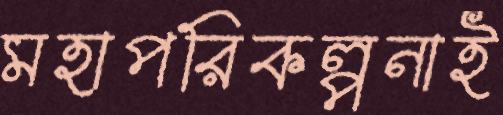
মহাপরিকল্পনাই